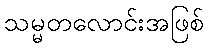
သမ္မတလောင်းအဖြစ်